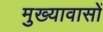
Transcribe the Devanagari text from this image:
मुख्यावासों